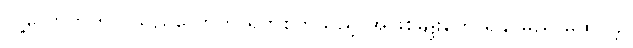
လူ့လောကတွင် သည်လောက် ရက်စက်သည့် အဖြစ်မျိုးတွေ ရှိနိုင်မည် မထင်ခဲ့။